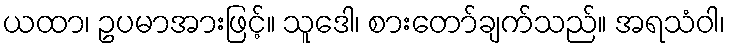
ယထာ၊ ဥပမာအားဖြင့်။ သူဒေါ၊ စားတော်ချက်သည်။ အရသံဝါ၊